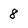
Character: 8